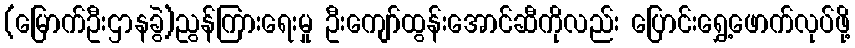
(မြောက်ဦးဌာနခွဲ)ညွန်ကြားရေးမှု ဦးကျော်ထွန်းအောင်ဆီကိုလည်း ပြောင်းရွှေ့ဖောက်လုပ်ဖို့